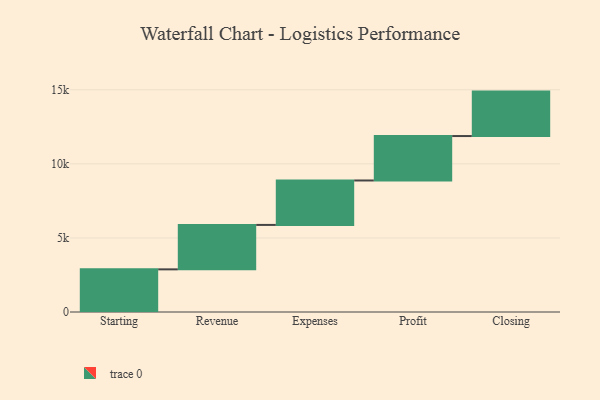
{"axis": {"x": "Step", "y": "Value"}, "legend": [""], "data": [{"x": "Starting", "y": 2879.0, "type": ""}, {"x": "Revenue", "y": 3000, "type": ""}, {"x": "Expenses", "y": 3000, "type": ""}, {"x": "Profit", "y": 3000, "type": ""}, {"x": "Closing", "y": 3000, "type": ""}]}